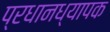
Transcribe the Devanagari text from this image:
प्रधानध्यापक